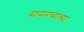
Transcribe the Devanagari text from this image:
सामनच्यांच्या